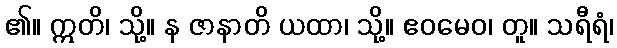
၏။ ဣတိ၊ သို့။ န ဇာနာတိ ယထာ၊ သို့။ ဧဝမေဝ၊ တူ။ သရီရံ၊